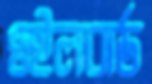
ওইলবার্ড